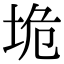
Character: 垝